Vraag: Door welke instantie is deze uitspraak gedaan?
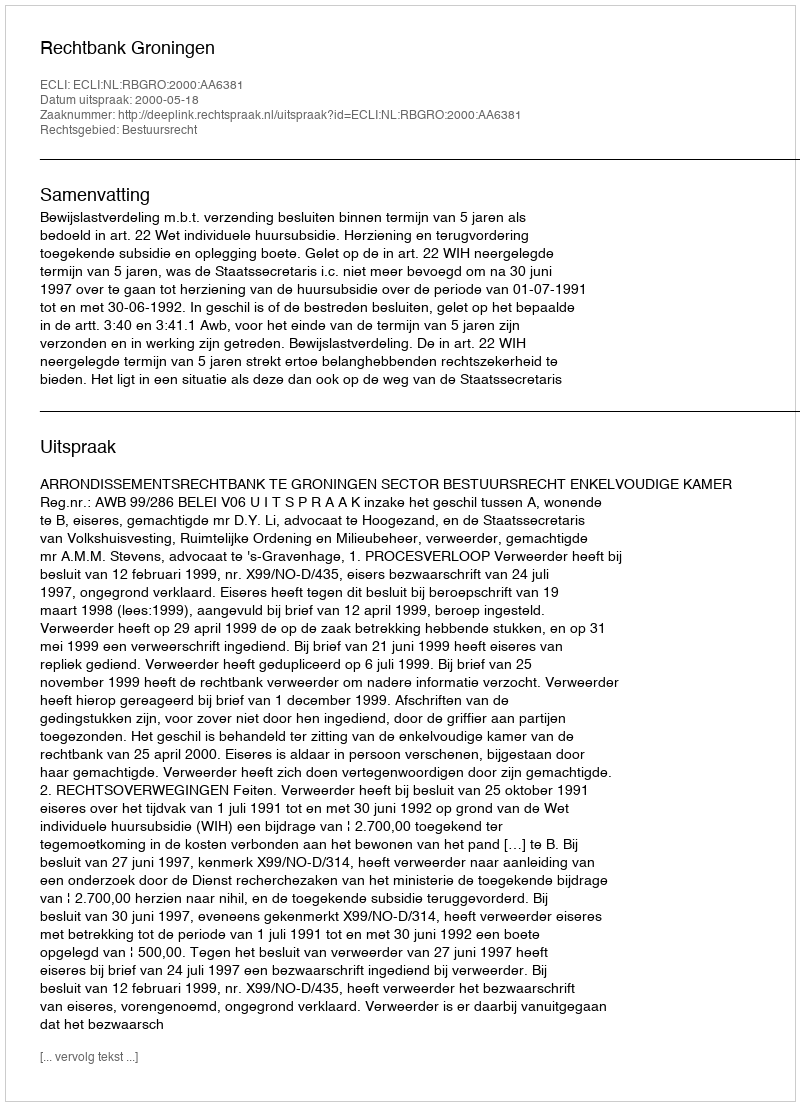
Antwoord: Rechtbank Groningen